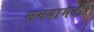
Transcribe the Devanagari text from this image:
समयामती